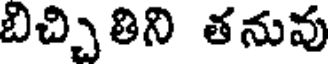
బిచ్చితిని తనువు